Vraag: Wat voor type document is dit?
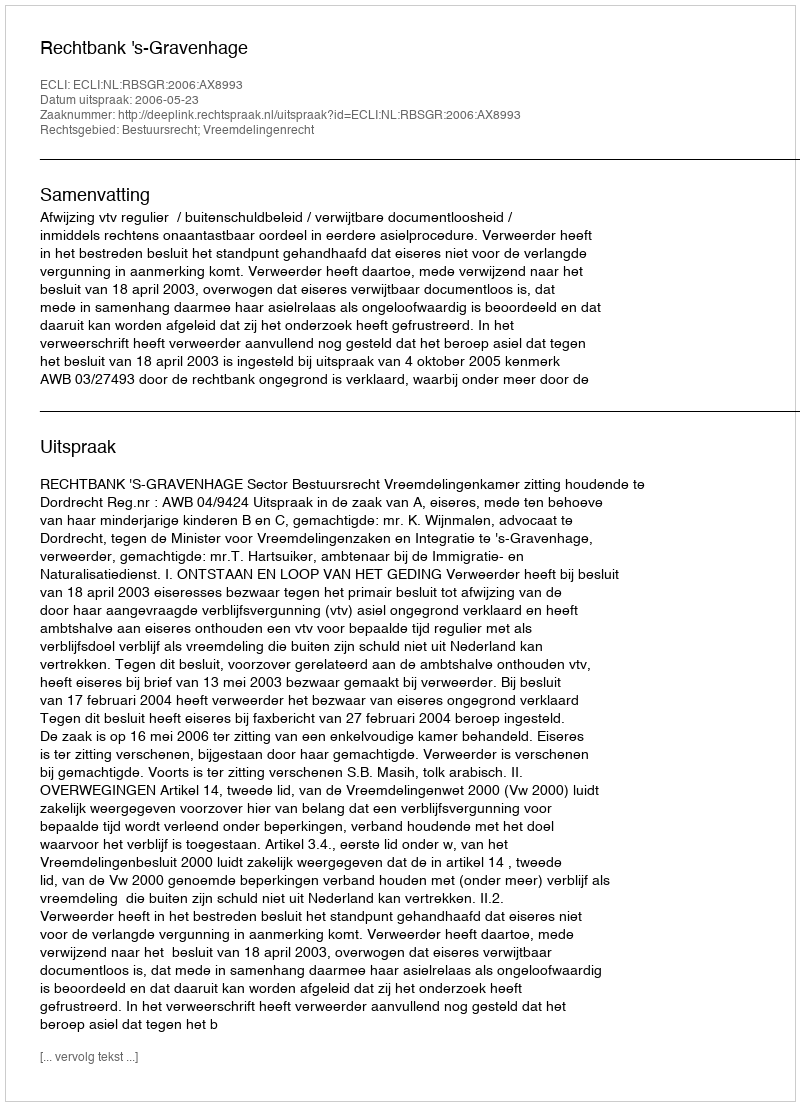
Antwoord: Uitspraak